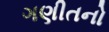
ગણીતનો